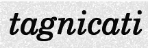
tagnicati